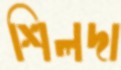
শিলদা